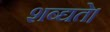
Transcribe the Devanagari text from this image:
शब्द्यते।